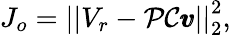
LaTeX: J_{o}=\left|\left|V_{r}-\mathcal{P}\mathcal{C}\pmb{v}\right|\right|_{2}^{2},